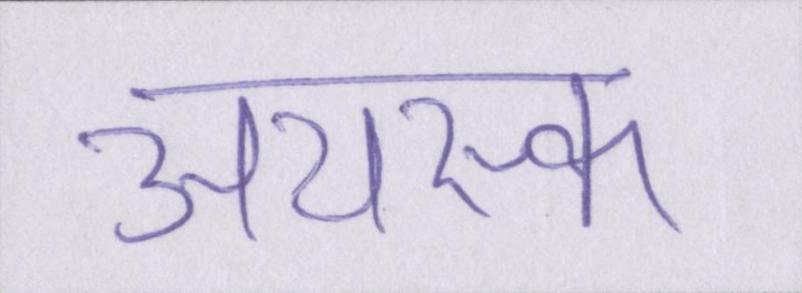
अयस्क